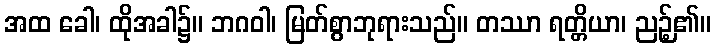
အထ ခေါ၊ ထိုအခါ၌။ ဘဂဝါ၊ မြတ်စွာဘုရားသည်။ တဿာ ရတ္တိယာ၊ ညဉ့်၏။